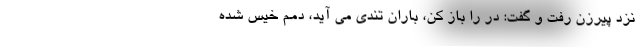
نزد پیرزن رفت و گفت: در را باز کن، باران تندی می آید، دمم خیس شده